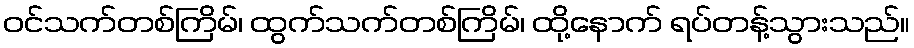
ဝင်သက်တစ်ကြိမ်၊ ထွက်သက်တစ်ကြိမ်၊ ထို့နောက် ရပ်တန့်သွားသည်။